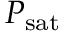
P _ { \mathrm { s a t } }